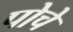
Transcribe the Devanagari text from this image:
पोचे